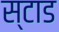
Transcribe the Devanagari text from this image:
स्टाड